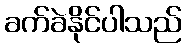
ခက်ခဲနိုင်ပါသည်